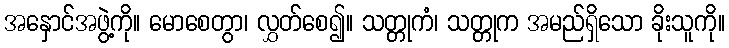
အနှောင်အဖွဲ့ကို။ မောစေတွာ၊ လွှတ်စေ၍။ သတ္တုကံ၊ သတ္တုက အမည်ရှိသော ခိုးသူကို။